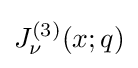
J_{\nu }^{(3)}(x;q)